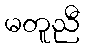
မတူညီ